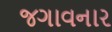
જગાવનાર